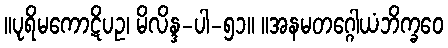
။ပုရိမကောဋိပဥ၊ မိလိန္ဒ-ပါ-၅၁။ ။အနမတဂ္ဂေါယံဘိက္ခဝေ